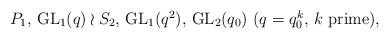
LaTeX: \begin{align*}\mbox{$P_1$, ${\rm GL}_{1}(q) \wr S_2$, ${\rm GL}_{1}(q^2)$, ${\rm GL}_{2}(q_0)$ {\rm (}$q=q_0^k$, $k$ prime{\rm )},}\end{align*}